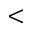
<